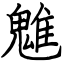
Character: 魋